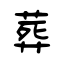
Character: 葬